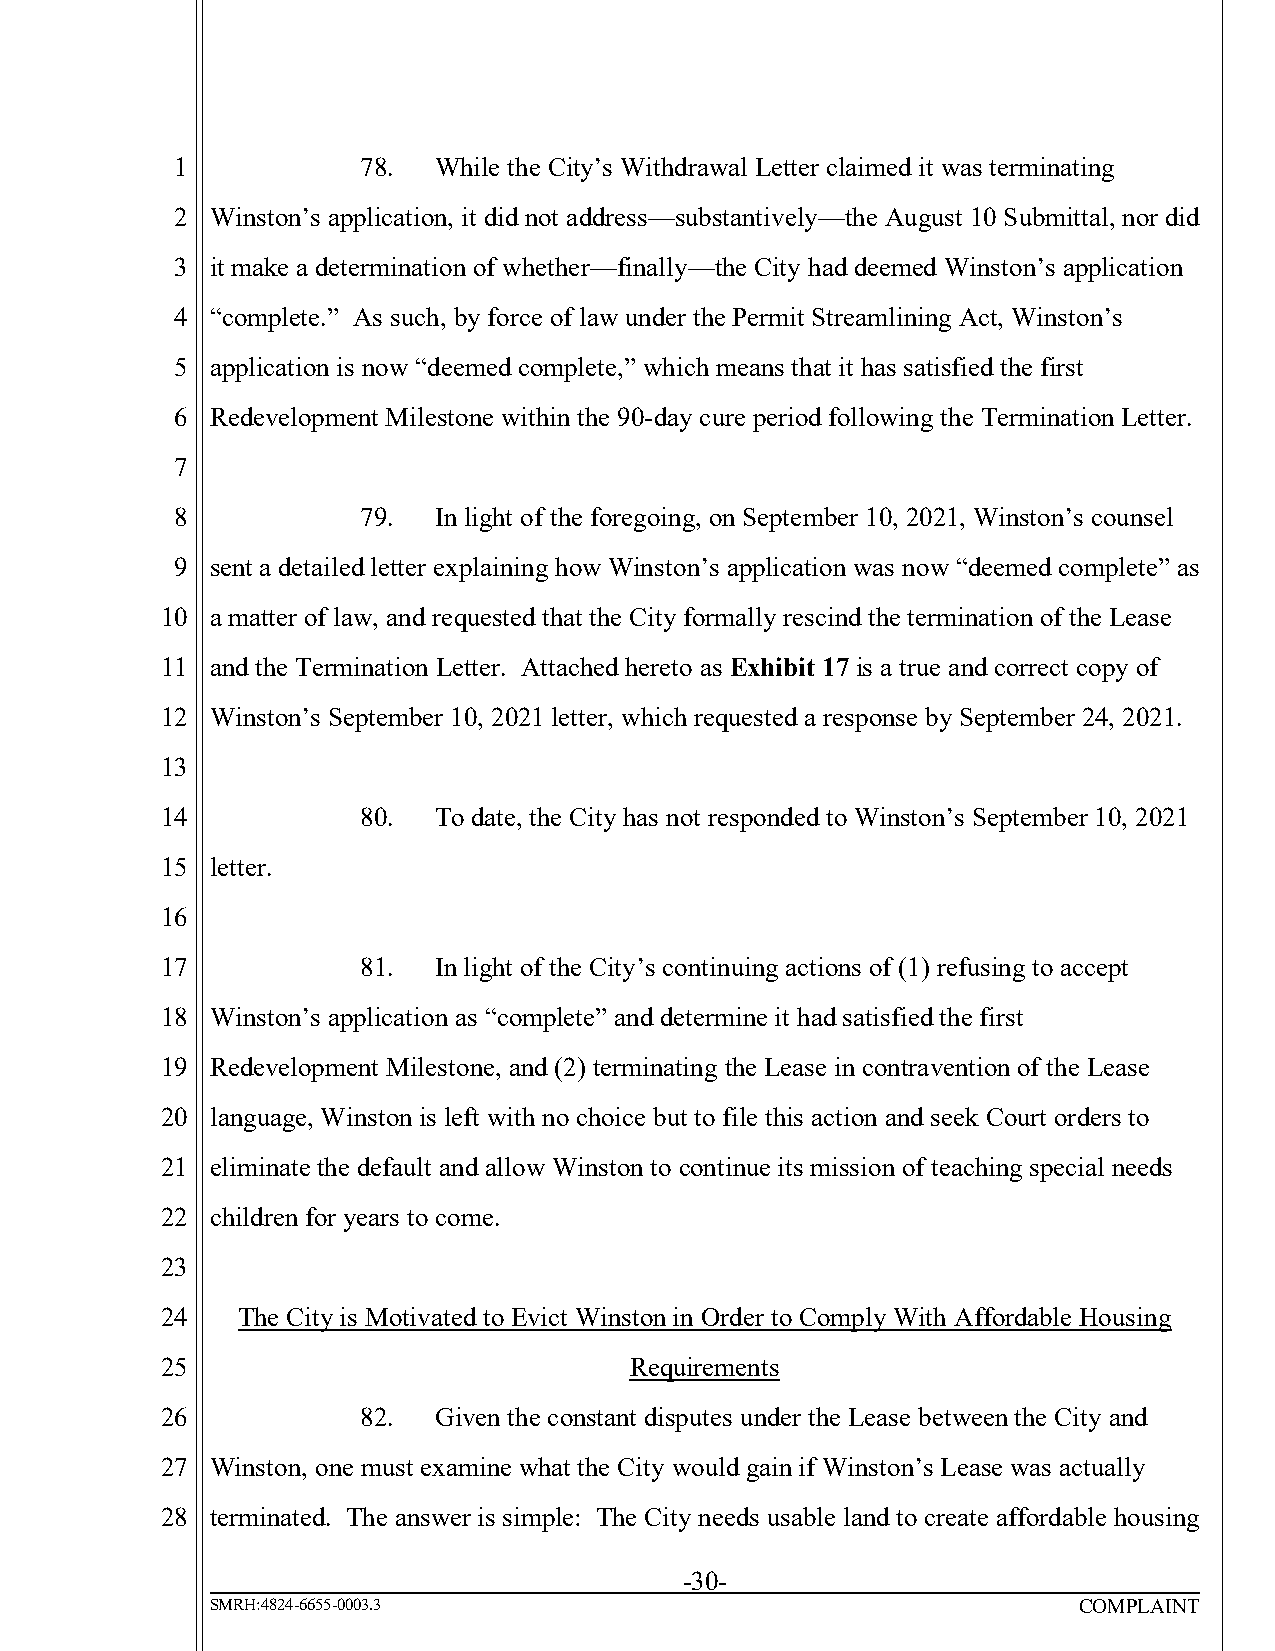
1           78.  While the City’s Withdrawal Letter claimed it was terminating
 2 Winston’s application, it did not address—substantively—the August 10 Submittal, nor did
 3 it make a determination of whether—finally—the City had deemed Winston’s application
 4 “complete.” As such, by force of law under the Permit Streamlining Act, Winston’s
 5 application is now “deemed complete,” which means that it has satisfied the first
 6 Redevelopment Milestone within the 90-day cure period following the Termination Letter.
 7
 8           79.  In light of the foregoing, on September 10, 2021, Winston’s counsel
 9 sent a detailed letter explaining how Winston’s application was now “deemed complete” as
 10 a matter of law, and requested that the City formally rescind the termination of the Lease
 11 and the Termination Letter. Attached hereto as Exhibit 17 is a true and correct copy of
 12 Winston’s September 10, 2021 letter, which requested a response by September 24, 2021.
 13
 14           80.  To date, the City has not responded to Winston’s September 10, 2021
 15 letter.
 16
 17           81.  In light of the City’s continuing actions of (1) refusing to accept
 18 Winston’s application as “complete” and determine it had satisfied the first
 19 Redevelopment Milestone, and (2) terminating the Lease in contravention of the Lease
 20 language, Winston is left with no choice but to file this action and seek Court orders to
 21 eliminate the default and allow Winston to continue its mission of teaching special needs
 22 children for years to come.
 23
 24   The City is Motivated to Evict Winston in Order to Comply With Affordable Housing
 25                             Requirements
 26           82.  Given the constant disputes under the Lease between the City and
 27 Winston, one must examine what the City would gain if Winston’s Lease was actually
 28 terminated. The answer is simple: The City needs usable land to create affordable housing
 -30-
 SMRH:4824-6655-0003.3                                    COMPLAINT